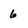
Character: 6